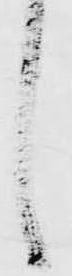
し